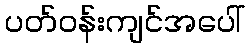
ပတ်ဝန်းကျင်အပေါ်